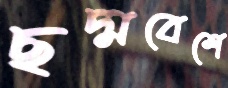
ছদ্মবেশে